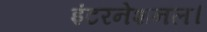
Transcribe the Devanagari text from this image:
इंटरनेशनल।